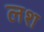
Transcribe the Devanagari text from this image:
लश